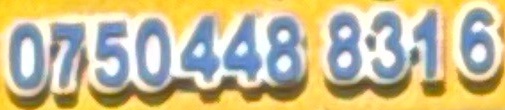
0750 448 8316